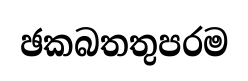
ඡකබතතුපරම